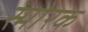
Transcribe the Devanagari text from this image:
स्माेरक